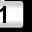
Digit: 1